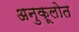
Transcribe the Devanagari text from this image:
अनुकूलोत